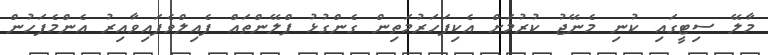
މާލޭ ސިޓީގައި ކުނި މެނޭޖު ކުރުމަށް އެކިފަހަރުމަތިން ގެންގުޅު ޕްލޭންތައް ފެއިލްވެފައިވާއިރު އެންމެފަހުން